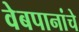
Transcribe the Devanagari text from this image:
वेबपानांचे